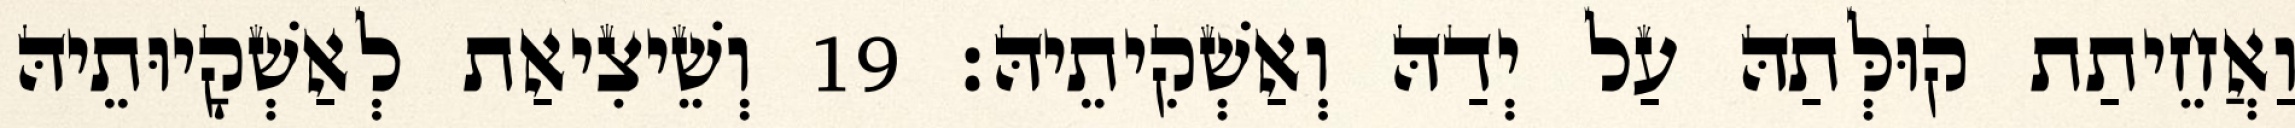
וַאֲחֵיתַת קוּלְּתַהּ עַל יְדַהּ וְאַשְׁקִיתֵיהּ׃ 19 וְשֵׁיצִיאַת לְאַשְׁקָיוּתֵיהּ